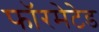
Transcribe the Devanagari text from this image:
फॉरमेटेड